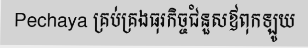
Pechaya គ្រប់គ្រងធុរកិច្ចជំនួសឪពុកឡូយ